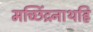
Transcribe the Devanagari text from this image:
मच्छिंद्रनाथहि